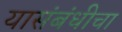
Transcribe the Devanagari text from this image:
यासंबंधीचा